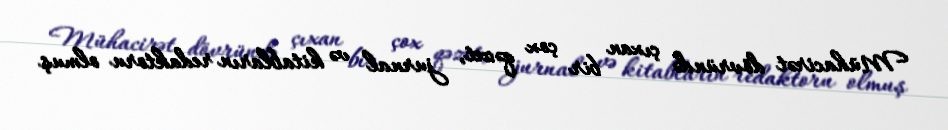
Mühacirət dövründə çıxan bir çox qəzet, jurnal və kitabların redaktoru olmuş